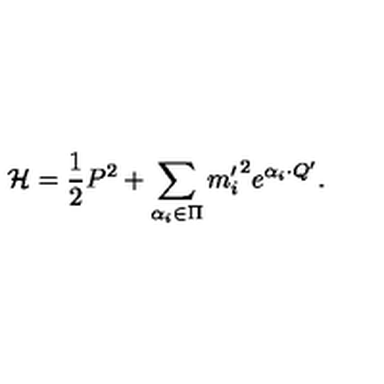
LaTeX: { \cal H } = { \frac { 1 } { 2 } } P ^ { 2 } + \sum _ { \alpha _ { i } \in \Pi } { m _ { i } ^ { \prime } } ^ { 2 } e ^ { \alpha _ { i } \cdot Q ^ { \prime } } .